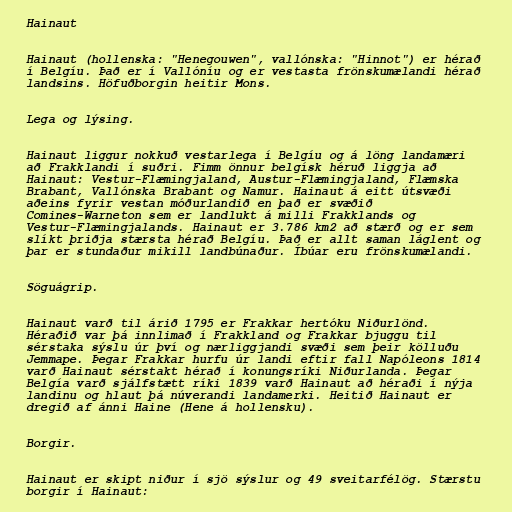
Hainaut

Hainaut (hollenska: "Henegouwen", vallónska: "Hinnot") er hérað
í Belgíu. Það er í Vallóníu og er vestasta frönskumælandi hérað
landsins. Höfuðborgin heitir Mons.

Lega og lýsing.

Hainaut liggur nokkuð vestarlega í Belgíu og á löng landamæri
að Frakklandi í suðri. Fimm önnur belgísk héruð liggja að
Hainaut: Vestur-Flæmingjaland, Austur-Flæmingjaland, Flæmska
Brabant, Vallónska Brabant og Namur. Hainaut á eitt útsvæði
aðeins fyrir vestan móðurlandið en það er svæðið
Comines-Warneton sem er landlukt á milli Frakklands og
Vestur-Flæmingjalands. Hainaut er 3.786 km2 að stærð og er sem
slíkt þriðja stærsta hérað Belgíu. Það er allt saman láglent og
þar er stundaður mikill landbúnaður. Íbúar eru frönskumælandi.

Söguágrip.

Hainaut varð til árið 1795 er Frakkar hertóku Niðurlönd.
Héraðið var þá innlimað í Frakkland og Frakkar bjuggu til
sérstaka sýslu úr því og nærliggjandi svæði sem þeir kölluðu
Jemmape. Þegar Frakkar hurfu úr landi eftir fall Napóleons 1814
varð Hainaut sérstakt hérað í konungsríki Niðurlanda. Þegar
Belgía varð sjálfstætt ríki 1839 varð Hainaut að héraði í nýja
landinu og hlaut þá núverandi landamerki. Heitið Hainaut er
dregið af ánni Haine (Hene á hollensku).

Borgir.

Hainaut er skipt niður í sjö sýslur og 49 sveitarfélög. Stærstu
borgir í Hainaut: